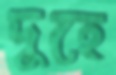
দুহে